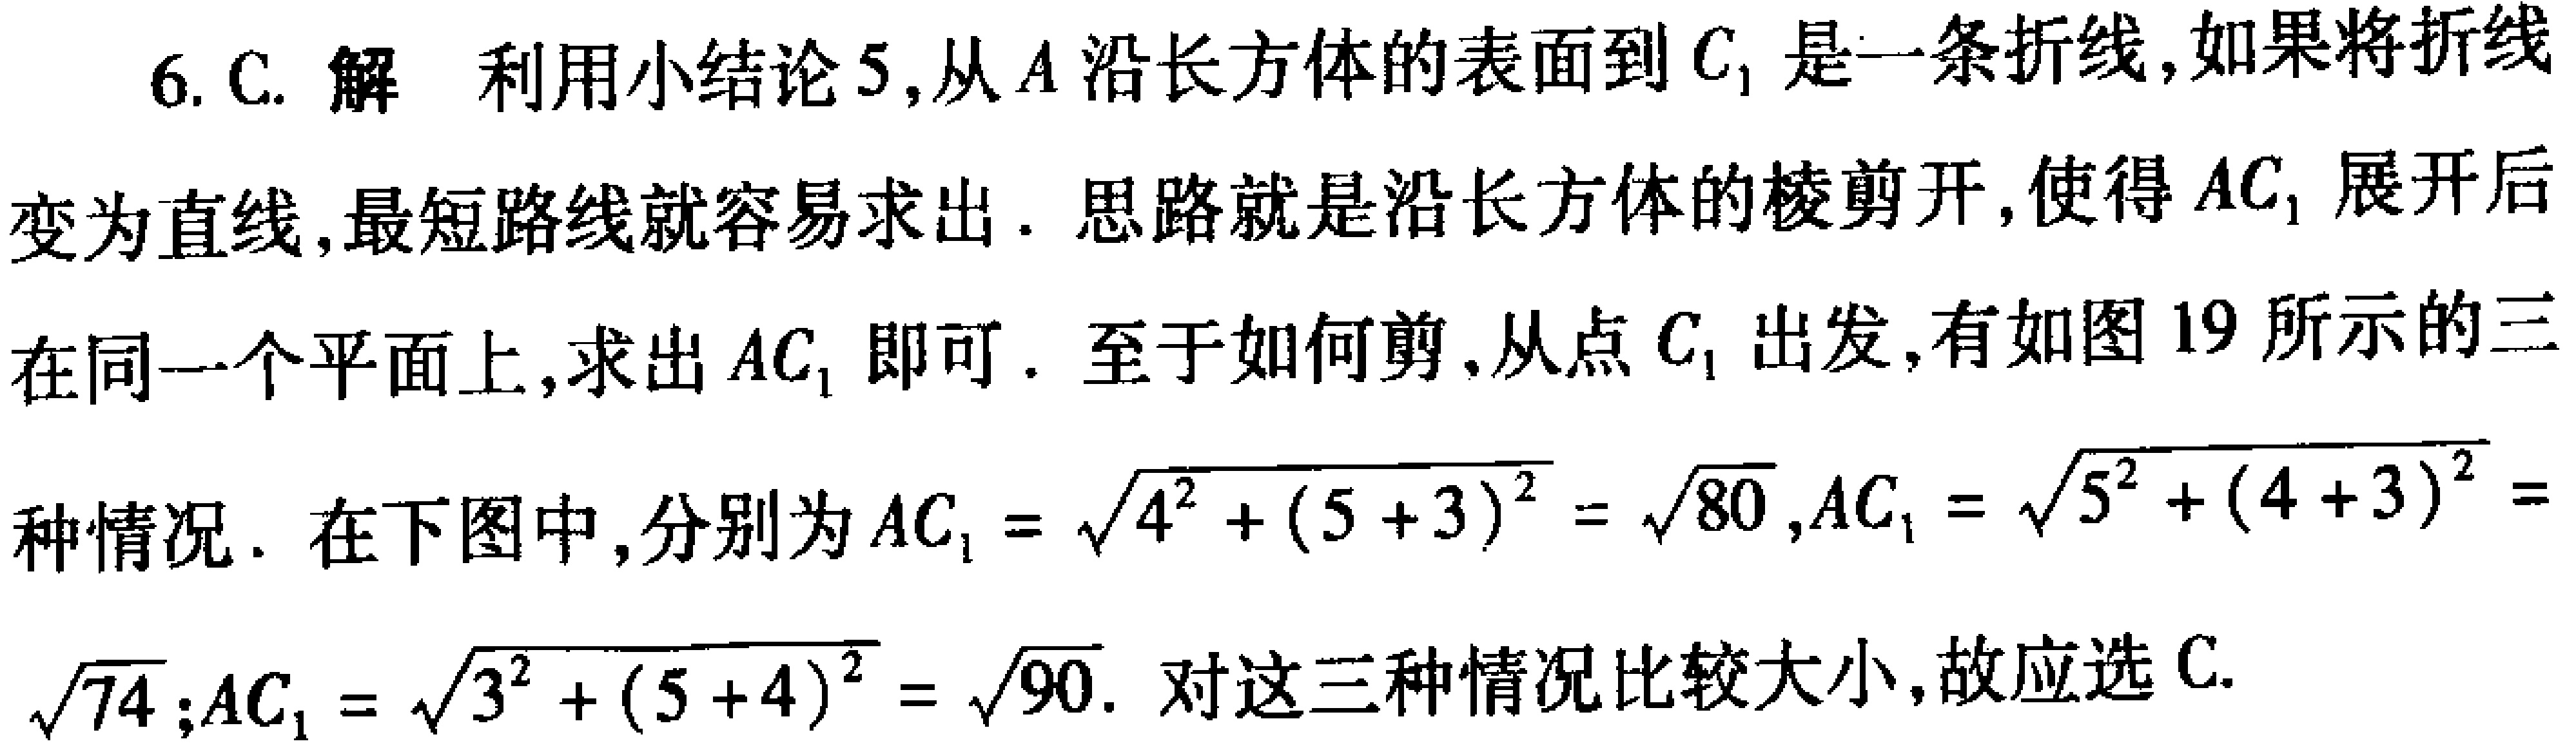
6. C. 解 利用小结论5,从\(A\)沿长方体的表面到\(C_{1}\)是一条折线,如果将折线变为直线,最短路线就容易求出. 思路就是沿长方体的棱剪开,使得\(AC_{1}\)展开后在同一个平面上,求出\(AC_{1}\)即可. 至于如何剪,从点\(C_{1}\)出发,有如图19所示的三种情况. 在下图中,分别为\(AC_{1}=\sqrt{4^{2}+(5 + 3)^{2}}=\sqrt{80}\),\(AC_{1}=\sqrt{5^{2}+(4 + 3)^{2}}=\sqrt{74}\);\(AC_{1}=\sqrt{3^{2}+(5 + 4)^{2}}=\sqrt{90}\). 对这三种情况比较大小,故应选C.